Civil Veterinary Dept. Bombay admin report 1923-31 - 1923-1931
Year: 1923
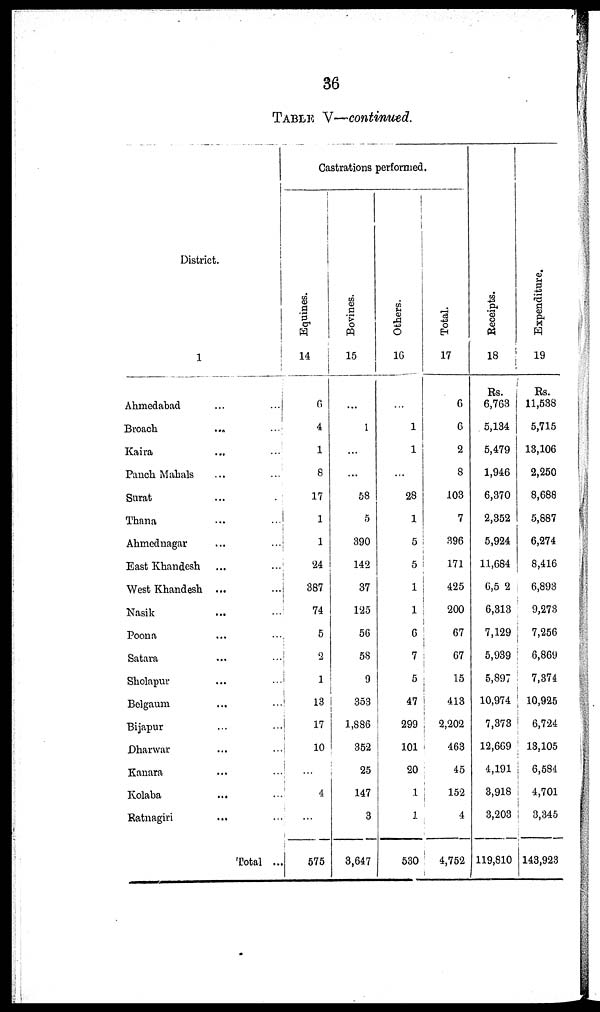
36
TABLE V—continued.
District.
1
Ahmedabad ... ...
Broach
... ...
Kaira ... ...
Panch Mahals ... ...
Surat ... ...
Thana ... ...
Ahmednagar ... ...
East Khandesh ... ...
West Khandesh ... ...
Nasik ... ...
Poona ... ...
Satara ... ...
Sholapur ... ...
Belgaum ... ...
Bijapur ... ...
Dharwar ... ...
Kanara ... ...
Kolaba
... ...
Ratnagiri
... ...
Total ...
Castrations performed.
Equines.
14
6
4
1
8
17
1
1
24
387
74
5
2
1
18
17
10
...
4
...
575
Bovines.
15
...
1
...
...
58
5
890
142
37
125
56
58
9
353
1,886
352
25
147
3
3,647
Others.
16
...
1
1
...
28
1
5
5
1
1
6
7
5
47
299
101
20
1
1
530
Total.
17
6
6
2
8
103
7
396
171
425
200
67
67
15
413
2,202
463
45
152
4
4,752
Receipts.
18
Rs.
6,763
5,134
5,479
1,946
6,370
2,352
5,924
11,684
6,5 2
6,313
7,129
5,939
5,897
10,974
7,373
12,669
4,191
3,918
3,208
119,810
Expenditure.
19
Rs.
11,538
5,715
18,106
2,250
8,688
5,887
6,274
8,416
6,893
9,273
7,256
6,869
7,374
10,925
6,724
13,105
6,584
4,701
8,345
143,923